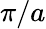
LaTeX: \pi/a